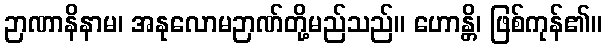
ဉာဏာနိနာမ၊ အနုလောမဉာဏ်တို့မည်သည်။ ဟောန္တိ၊ ဖြစ်ကုန်၏။